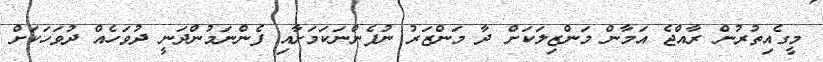
މީގެއިތުރުން ރާއްޖެ އަމާން މަންޒިލަކަށް ދާ މަންޒަރު ނުފެންނަކަމަށާއި ފެންނަމުންދަނީ ދުވަހެއް ދުވަހަކަށް